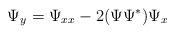
LaTeX: \begin{align*}\Psi_{y}= \Psi_{xx}-2 (\Psi \Psi^* ) \Psi_x\end{align*}